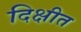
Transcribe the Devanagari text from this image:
दिक्षीत